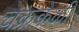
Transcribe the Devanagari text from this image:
चक्रकेळी